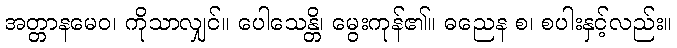
အတ္တာနမေဝ၊ ကိုသာလျှင်။ ပေါသေန္တိ၊ မွေးကုန်၏။ ဓညေန စ၊ စပါးနှင့်လည်း။